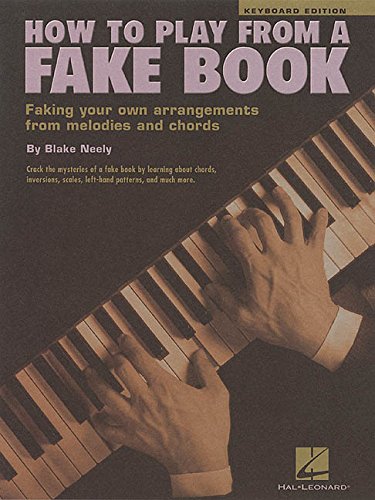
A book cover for How to Play from a Fake Book (Keyboard Edition); Humor & Entertainment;